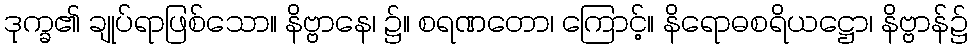
ဒုက္ခ၏ ချုပ်ရာဖြစ်သော။ နိဗ္ဗာနေ၊ ၌။ စရဏတော၊ ကြောင့်။ နိရောဓစရိယဋ္ဌော၊ နိဗ္ဗာန်၌